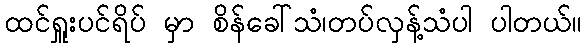
ထင်ရှူးပင်ရိပ် မှာ စိန်ခေါ်သံ၊တပ်လှန့်သံပါ ပါတယ်။